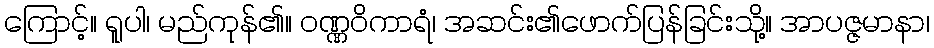
ကြောင့်။ ရူပါ၊ မည်ကုန်၏။ ဝဏ္ဏဝိကာရံ၊ အဆင်း၏ဖောက်ပြန်ခြင်းသို့။ အာပဇ္ဇမာနာ၊